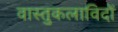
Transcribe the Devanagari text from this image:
वास्तुकलाविदों